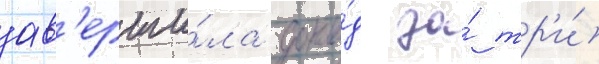
зав'ерши́ла докла́д за́ тр'и́